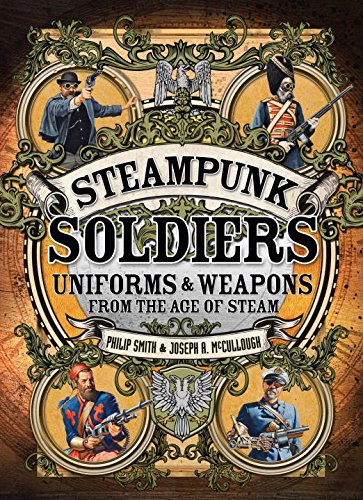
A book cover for Steampunk Soldiers: Uniforms and Weapons from the Age of Steam (Open Book Adventures); Philip Smith; Science Fiction & Fantasy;